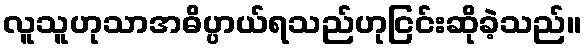
လူသူဟုသာအဓိပ္ပာယ်ရသည်ဟုငြင်းဆိုခဲ့သည်။